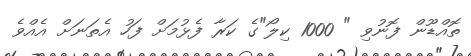
ތޮއްޑޫން ފޮނުވި " 1000 ކިލޯ"ގެ ކަރާ ފެޅުމަށް ފަހު އެތަނަށް އެއްވެ